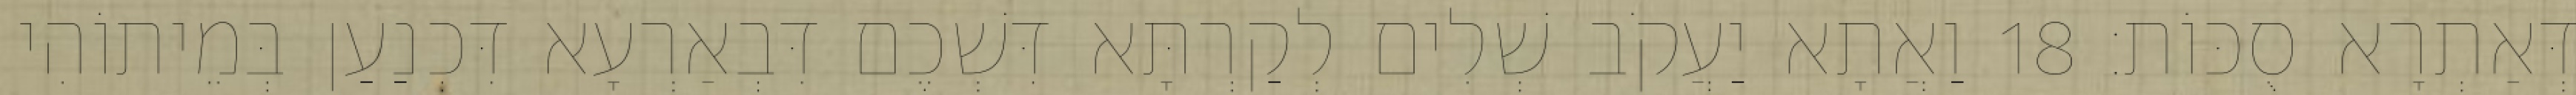
דְּאַתְרָא סֻכּוֹת׃ 18 וַאֲתָא יַעֲקֹב שְׁלִים לְקַרְתָּא דִּשְׁכֶם דִּבְאַרְעָא דִּכְנַעַן בְּמֵיתוֹהִי